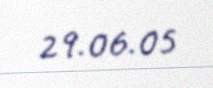
29.06.05